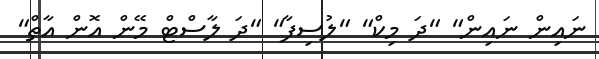
ނައިން ނައިން" "ދަ މިކް" "ލުސިފާ" "ދަ ލާސްޓް މޭން އޮން އާތް"